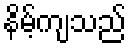
နိမ့်ကျသည်